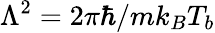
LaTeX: \Lambda^{2}=2\pi\hbar/mk_{B}T_{b}